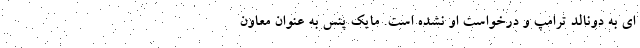
ای به دونالد ترامپ و درخواست او نشده است. مایک پنس به عنوان معاون